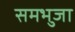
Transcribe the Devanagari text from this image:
समभुजा